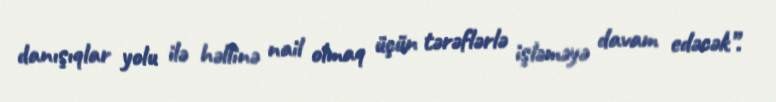
danışıqlar yolu ilə həllinə nail olmaq üçün tərəflərlə işləməyə davam edəcək”.